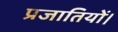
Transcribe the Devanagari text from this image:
प्रजातियों।